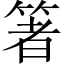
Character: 箸